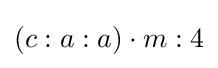
(c:a:a)\cdot m:4